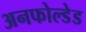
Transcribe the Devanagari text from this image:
अनफोल्डेड